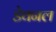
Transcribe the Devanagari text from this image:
डेवनल